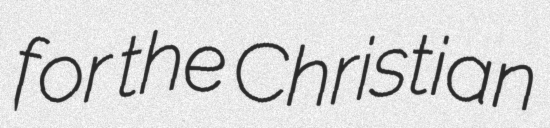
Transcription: for the Christian